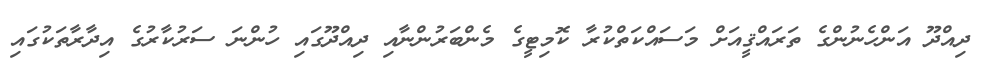
ދިއްދޫ އަންހެނުންގެ ތަރައްޤީއަށް މަސައްކަތްކުރާ ކޮމިޓީގެ މެންބަރުންނާއި ދިއްދޫގައި ހުންނަ ސަރުކާރުގެ އިދާރާތަކުގައި